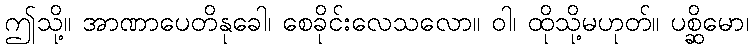
ဤသို့။ အာဏာပေတိနုခေါ၊ စေခိုင်းလေသလော။ ဝါ၊ ထိုသို့မဟုတ်။ ပစ္ဆိမော၊